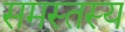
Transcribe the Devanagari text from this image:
समस्तस्य